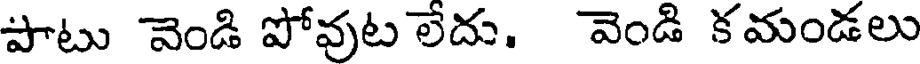
పాటు వెండి పోవుట లేదు. వెండి కమండలు